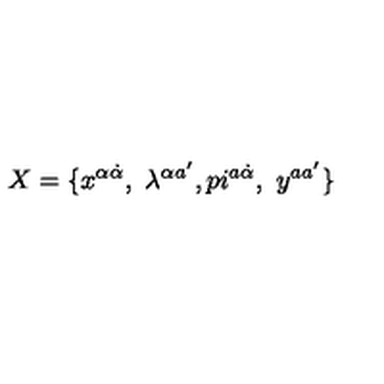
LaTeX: X = \{ x ^ { \alpha \dot { \alpha } } , \ \lambda ^ { \alpha a ^ { \prime } } , p i ^ { a \dot { \alpha } } , \ y ^ { a a ^ { \prime } } \}